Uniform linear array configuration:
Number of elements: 32
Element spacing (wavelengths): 1
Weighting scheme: hamming
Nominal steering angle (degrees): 45
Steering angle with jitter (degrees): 46.954
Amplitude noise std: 0.05
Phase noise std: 0.05

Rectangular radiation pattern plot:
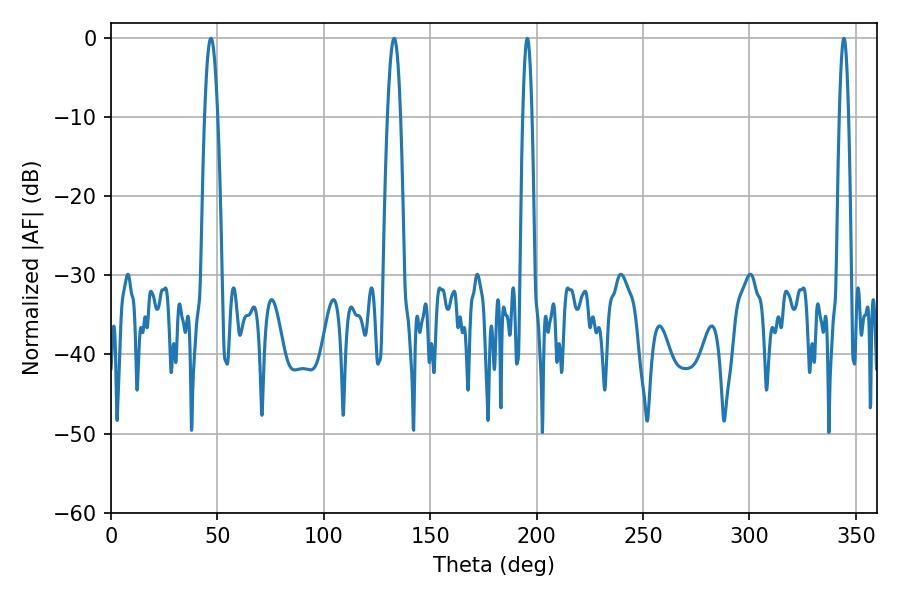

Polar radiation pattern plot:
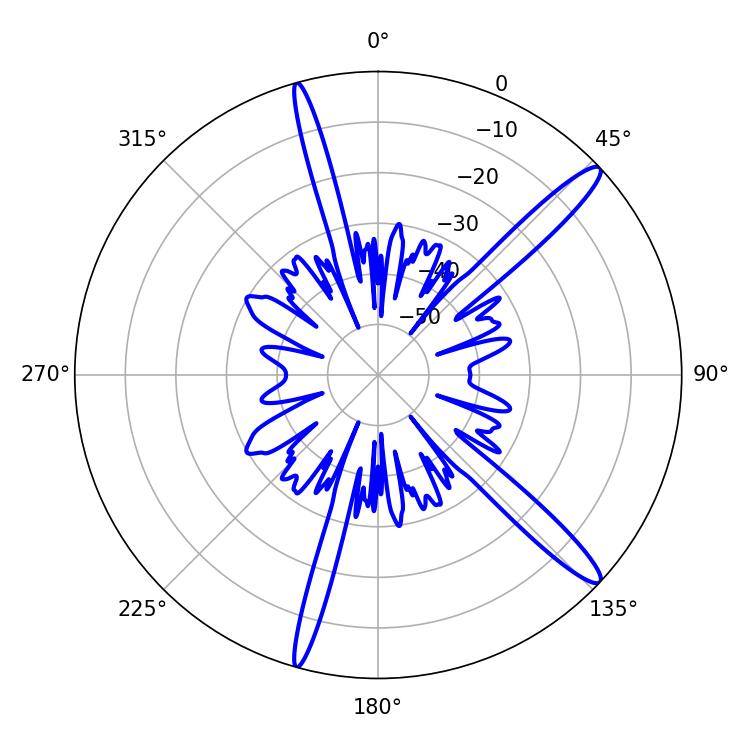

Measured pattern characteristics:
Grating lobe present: TRUE
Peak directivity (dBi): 14.587
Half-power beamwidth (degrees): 3.24
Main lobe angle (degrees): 46.98